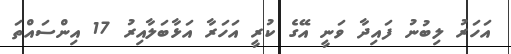
އަހަަރު ލިބުނު ފައިދާ ވަނީ އޭގެ ކުރީ އަހަަރާ އަޅާބަލާއިރު 17 އިންސައްތަ